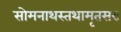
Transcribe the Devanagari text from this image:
सोमनाथस्तथामृतसरः